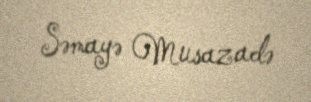
Səmayə Musazadə